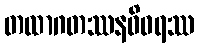
တထာဂတဿနဓိဝရဿ